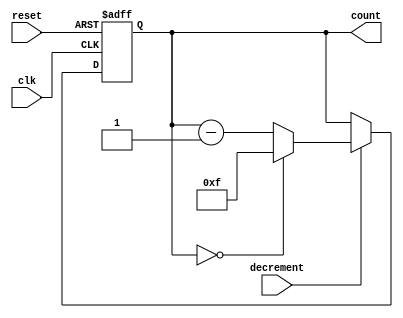
module decremental_counter #(
    parameter MAX_COUNT = 8'd15 // Parameter for maximum count value (0 to MAX_COUNT)
)(
    input wire clk,               // Clock signal
    input wire reset,             // Asynchronous reset signal
    input wire decrement,          // Control signal to trigger decrement
    output reg [7:0] count        // Current value of the counter (8-bit output)
);

    // Internal wire to hold the next count value
    wire [7:0] next_count;

    // Logic to handle decrementing the counter
    assign next_count = (count == 8'd0) ? MAX_COUNT : (count - 1'b1);

    // Always block for synchronous operations
    always @(posedge clk or posedge reset) begin
        if (reset) begin
            count <= MAX_COUNT; // Reset to maximum value
        end else if (decrement) begin
            count <= next_count; // Decrement the counter
        end
    end

endmodule